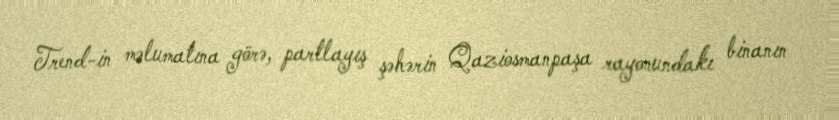
Trend-in məlumatına görə, partlayış şəhərin Qaziosmanpaşa rayonundakı binanın